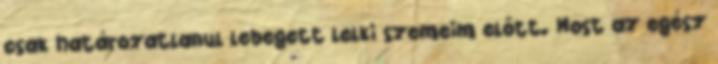
csak határozatlanul lebegett lelki szemeim előtt. Most az egész